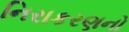
નિરાકરણનો